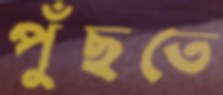
পুঁছতে